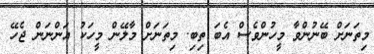
މިތަނަށް ބޭނުންވާ މީހުންވެސް އެބަ ތިބި. މިތަނަށް މާލޭން މީހަކު އަންނަން ޖެހޭ